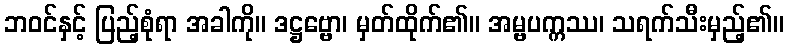
ဘဝင်နှင့် ပြည့်စုံရာ အခါကို။ ဒဋ္ဌဗ္ဗော၊ မှတ်ထိုက်၏။ အမ္ဗပက္ကဿ၊ သရက်သီးမှည့်၏။